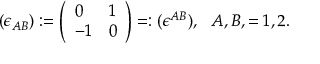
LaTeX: ( \epsilon _ { A B } ) : = \left( \begin{array} { l l } { { 0 } } & { { 1 } } \\ { { - 1 } } & { { 0 } } \end{array} \right) = : ( \epsilon ^ { A B } ) , \ \ A , B , = 1 , 2 .